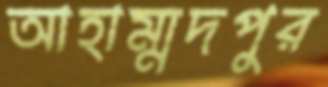
আহাম্মদপুর